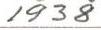
1938